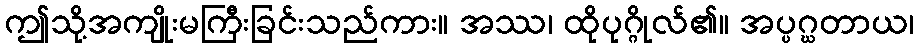
ဤသို့အကျိုးမကြီးခြင်းသည်ကား။ အဿ၊ ထိုပုဂ္ဂိုလ်၏။ အပ္ပဂ္ဃတာယ၊